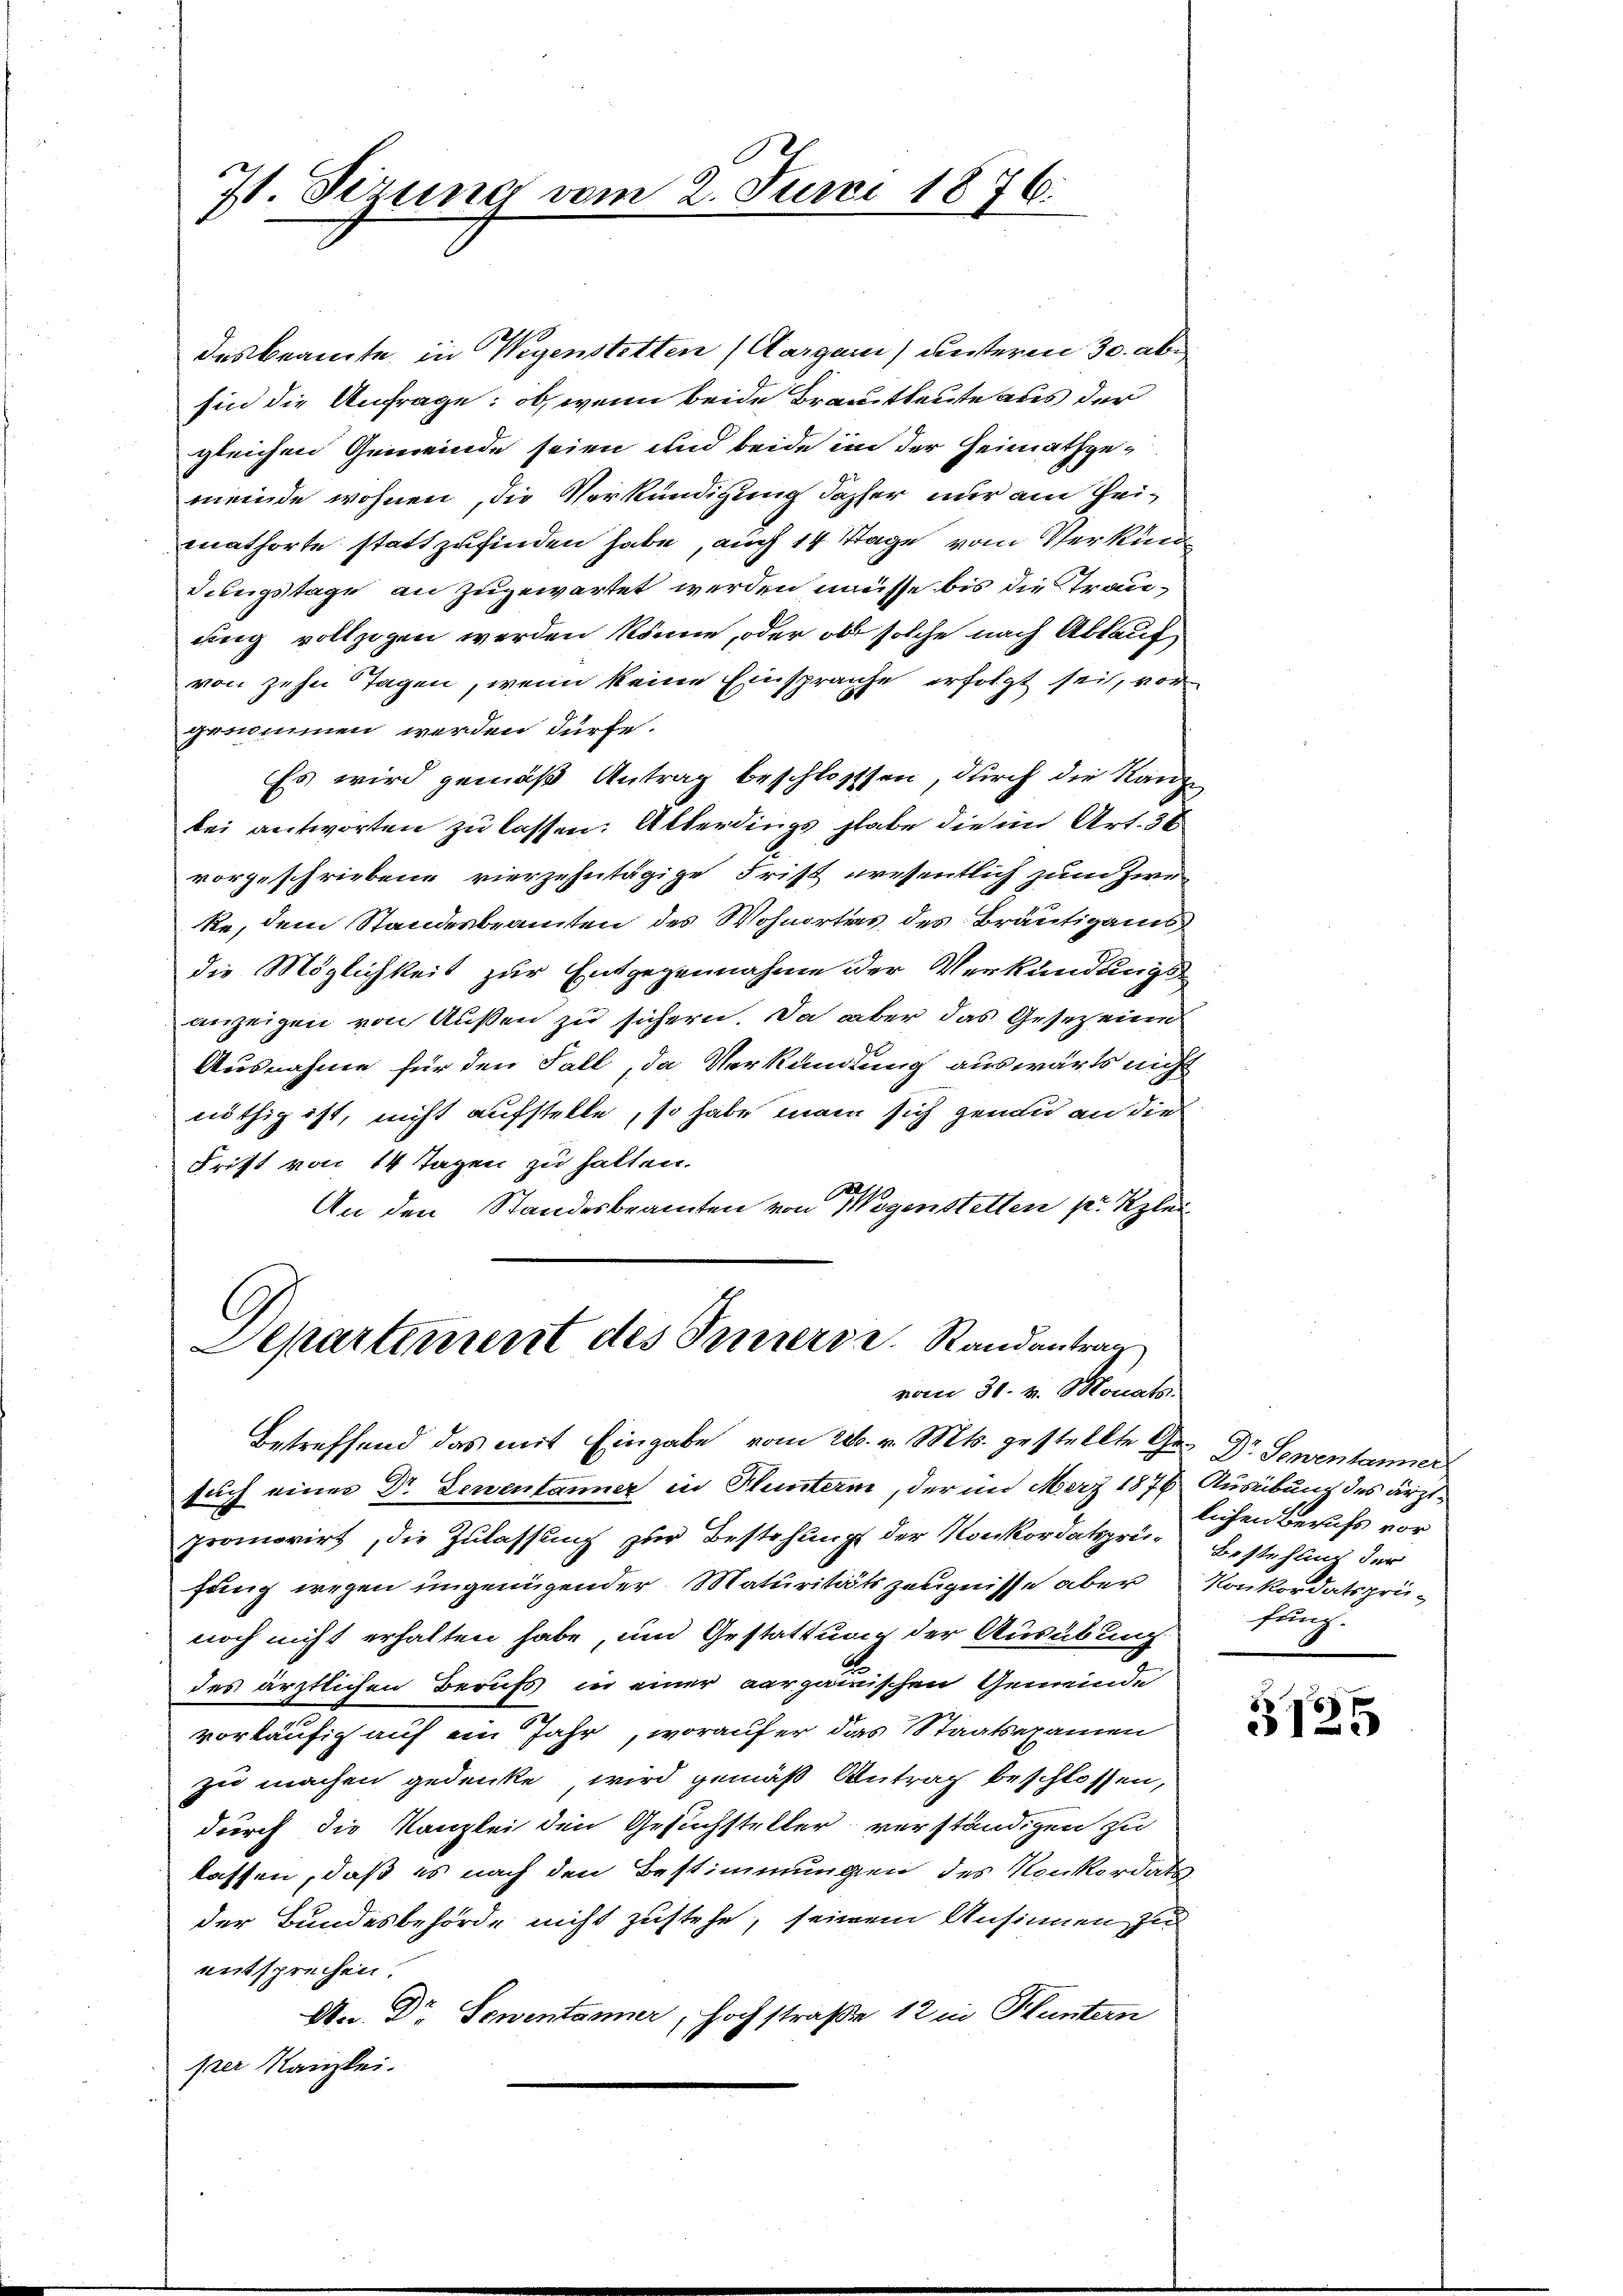
V. Sezung vom 2. Juni 1876.
d

desbeamte, in Wegenstetten (Aargau) unteren 30. ab
sin die Anfrage: ob, wenn beide Brautleute aus der
gleichen Gemeinde seien und beide in der Heimathgemeinde wohnen, die Verkündigung dasser nur am Heimathörte stattzufinden habe, auch 14 Tage vom Verkünd
dingstage an zugewartet werden müsse bis die Strauung vollzogen werden könne, oder ob solche nach Ablauf
von zehn Tagen, wenn keine Einsprache erfolgt sei, vorgenommen werden dürfe.
Es wird gemäß Antrag beschlosssen, durch die Kanzbei antworten zu lassen: Allerdings habe die im Art. 36
vorgeschriebene vierzehntägige Frist wesentlich zum Zwe-
ke, dem Standesbeamten des Wohnortes des Bräutigams
die Möglichkeit zur Entgegennahme der Verkündungsanzeigen von Außen zu sichern. Da aber das Gesezen
Ausnahme für den Fall, da Verkündung auswärts nicht
nöthig ist, nicht aufstelle, so habe man sich genau an die
Frist von 14 Tagen zu halten.
An den Standesbeamten von Wegenstetten pr. Klei

¬
Departement des Innerde. Randantrag
vom 31. v. Monats

Betreffend das mit Eingabe vom 28. v. Mts. gestellte Ge- Dr. Sementanner
such einer Dr Leuentanner in Plunterm, der im Merz 1876 Ausübung des ärztpromovirt, die Zulassung zur Bestehung der Konkordatsprie Bestehlung der
fung wegen ungenügender Maturitätszeugnisse aber Konkordatsprünoch nicht erhalten habe, um Gestattung der Ausübung
des ärztlichen Berufs in einer aargauischen Gemeinde
vorläufig auf ein Jahr, worauf er das Staatsexamen
zu machen gedenke wird gemäß Antrag beschlossen,
durch die Kanzlei den Gesuchsteller verständigen zu
lassen, daß es nach den Bestimmungen des Konkordats-
der Bundesbehörde nicht zustehe, seinem Ansinnen zu
entsprechen.
An. Dr Sementanner, Hochstraße 12 in Bluntern
per Kanzlei.

lichen Berufs vor
fung.

3125